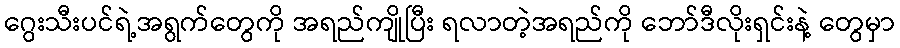
ဂွေးသီးပင်ရဲ့အရွက်တွေကို အရည်ကျိုပြီး ရလာတဲ့အရည်ကို ဘော်ဒီလိုးရှင်းနဲ့ တွေမှာ